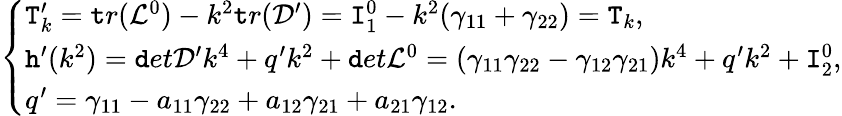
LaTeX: \left\{ \begin{array}{ll}{\texttt T_{k}^{\prime}=\texttt tr({\mathcal L^{0}})-k^{2}\texttt tr(\mathcal D^{\prime})=\texttt I_{1}^{0}-k^{2}(\gamma_{11}+\gamma_{22})=\texttt T_{k},}\\ {\texttt h^{\prime}(k^{2})=\texttt det\mathcal D^{\prime}k^{4}+q^{\prime}k^{2}+\texttt det{\mathcal L^{0}}=(\gamma_{11}\gamma_{22}-\gamma_{12}\gamma_{21})k^{4}+q^{\prime}k^{2}+\texttt I_{2}^{0},}\\ {q^{\prime}=\gamma_{11}-a_{11}\gamma_{22}+a_{12}\gamma_{21}+a_{21}\gamma_{12}.}\end{array}\right.